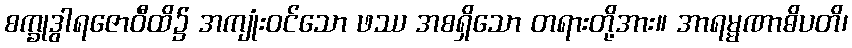
စက္ခုဒွါရဇောဝီထိ၌ အကျုံးဝင်သော ဖဿ အစရှိသော တရားတို့အား။ အာရမ္မဏာဓိပတိ၊